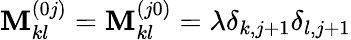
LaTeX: \mathbf{M}_{kl}^{(0j)}=\mathbf{M}_{kl}^{(j0)}=\lambda\delta_{k,j+1}\delta_{l,j+1}